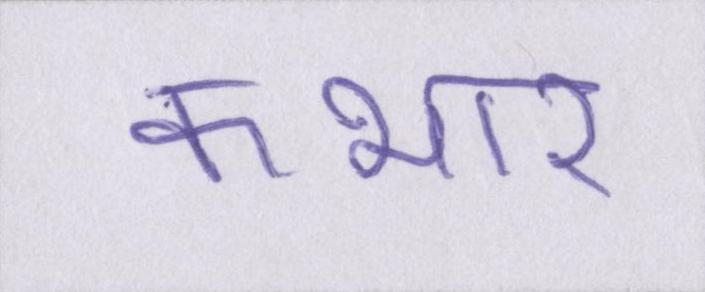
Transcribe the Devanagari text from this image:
कभार